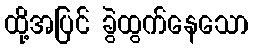
ထို့အပြင် ခွဲထွက်နေသော